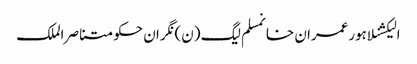
الیکشنلاہورعمران خانمسلم لیگ (ن)نگران حکومتناصر الملک